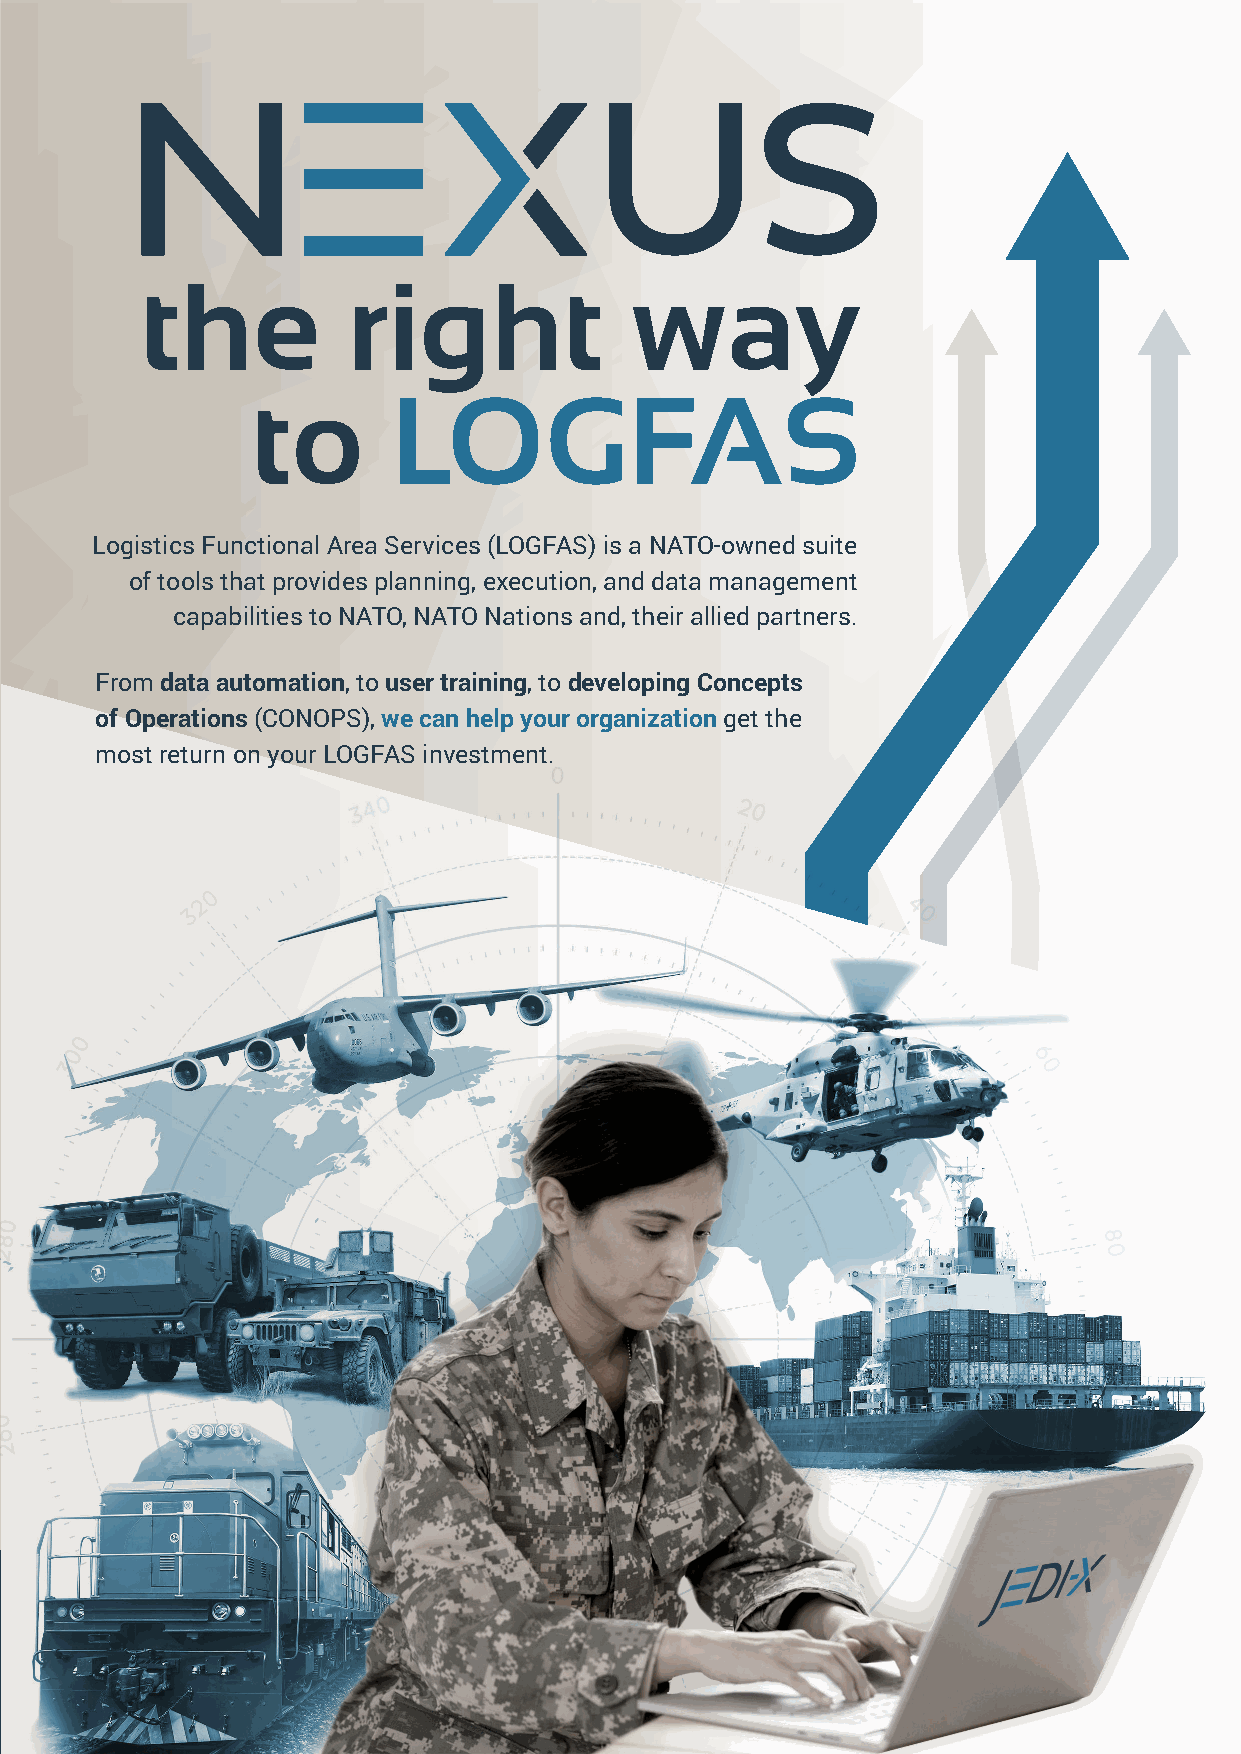
the           right              way
 to       LOGFAS
 Logistics Functional Area Services (LOGFAS) is a NATO-owned suite
 of tools that provides planning, execution, and data management
 capabilities to NATO, NATO Nations and, their allied partners.
 From data automation, to user training, to developing Concepts
 of Operations (CONOPS), we can help your organization get the
 most return on your LOGFAS investment.